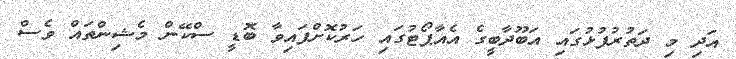
އަދި މި ދަތުރުފުޅުގައި އަބޫދާބީގެ އެއާޕޯޓުގައި ހަރުކޮށްފައިވާ ބޮޑީ ސްކޭން މެޝިންތައް ވެސް